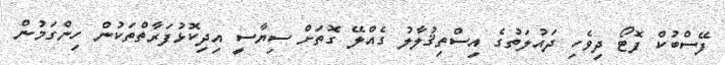
ފޭސްބުކް ފޮޓޯ ދިވެހި ދައުލަތުގެ އިސްތިޤުލާލު ގެއްލޭ ގޮތަށް ސިޔާސީ އިދިކޮޅުފަރާތްތަކުން ހިންގަމުން